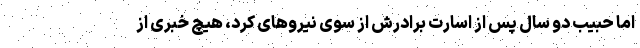
اما حبیب دو سال پس از اسارت برادرش از سوی نیروهای کرد، هیچ خبری از